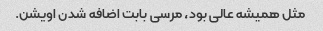
مثل همیشه عالی بود، مرسی بابت اضافه شدن اویشن.